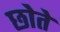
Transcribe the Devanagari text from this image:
छोते